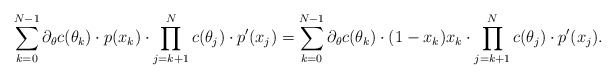
\begin{align*}\sum \limits_{k=0}^{N-1} \partial_\theta c(\theta_k) \cdot p(x_k) \cdot \prod \limits_{j=k+1}^{N} c(\theta_j) \cdot p'(x_j) &=\sum \limits_{k=0}^{N-1} \partial_\theta c(\theta_k) \cdot (1-x_k)x_k \cdot \prod \limits_{j=k+1}^{N} c(\theta_j) \cdot p'(x_j).\end{align*}